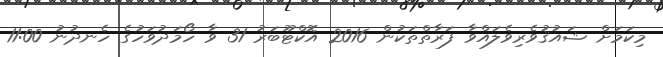
މިކަމަށް ޝައުޤުވެރިވެލައްވާ ފަރާތްތަކުން 2016 އޮކްޓޫބަރު 31 ވާ ހޯމަދުވަހުގެ ހެނދުނު 11:00